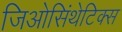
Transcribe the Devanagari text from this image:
जिओसिंथेटिक्स